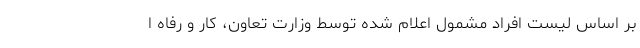
بر اساس لیست افراد مشمول اعلام شده توسط وزارت تعاون، کار و رفاه ا